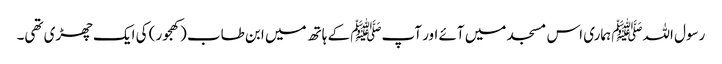
رسول اللہﷺ ہماری اس مسجد میں آئے اور آپﷺ کے ہاتھ میں ابن طاب (کھجور) کی ایک چھڑی تھی۔